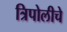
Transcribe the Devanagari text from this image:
त्रिपोलीचे